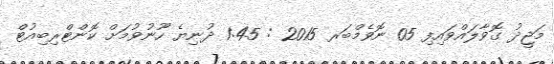
މަޖީދު ގޮވާލައްވައިފި 05 ނޮވެމްބަރ 2015 : 1:45 ދުނިޔެ ހޫނުވުމަށް ކޮންޓްރިބިއުޓް